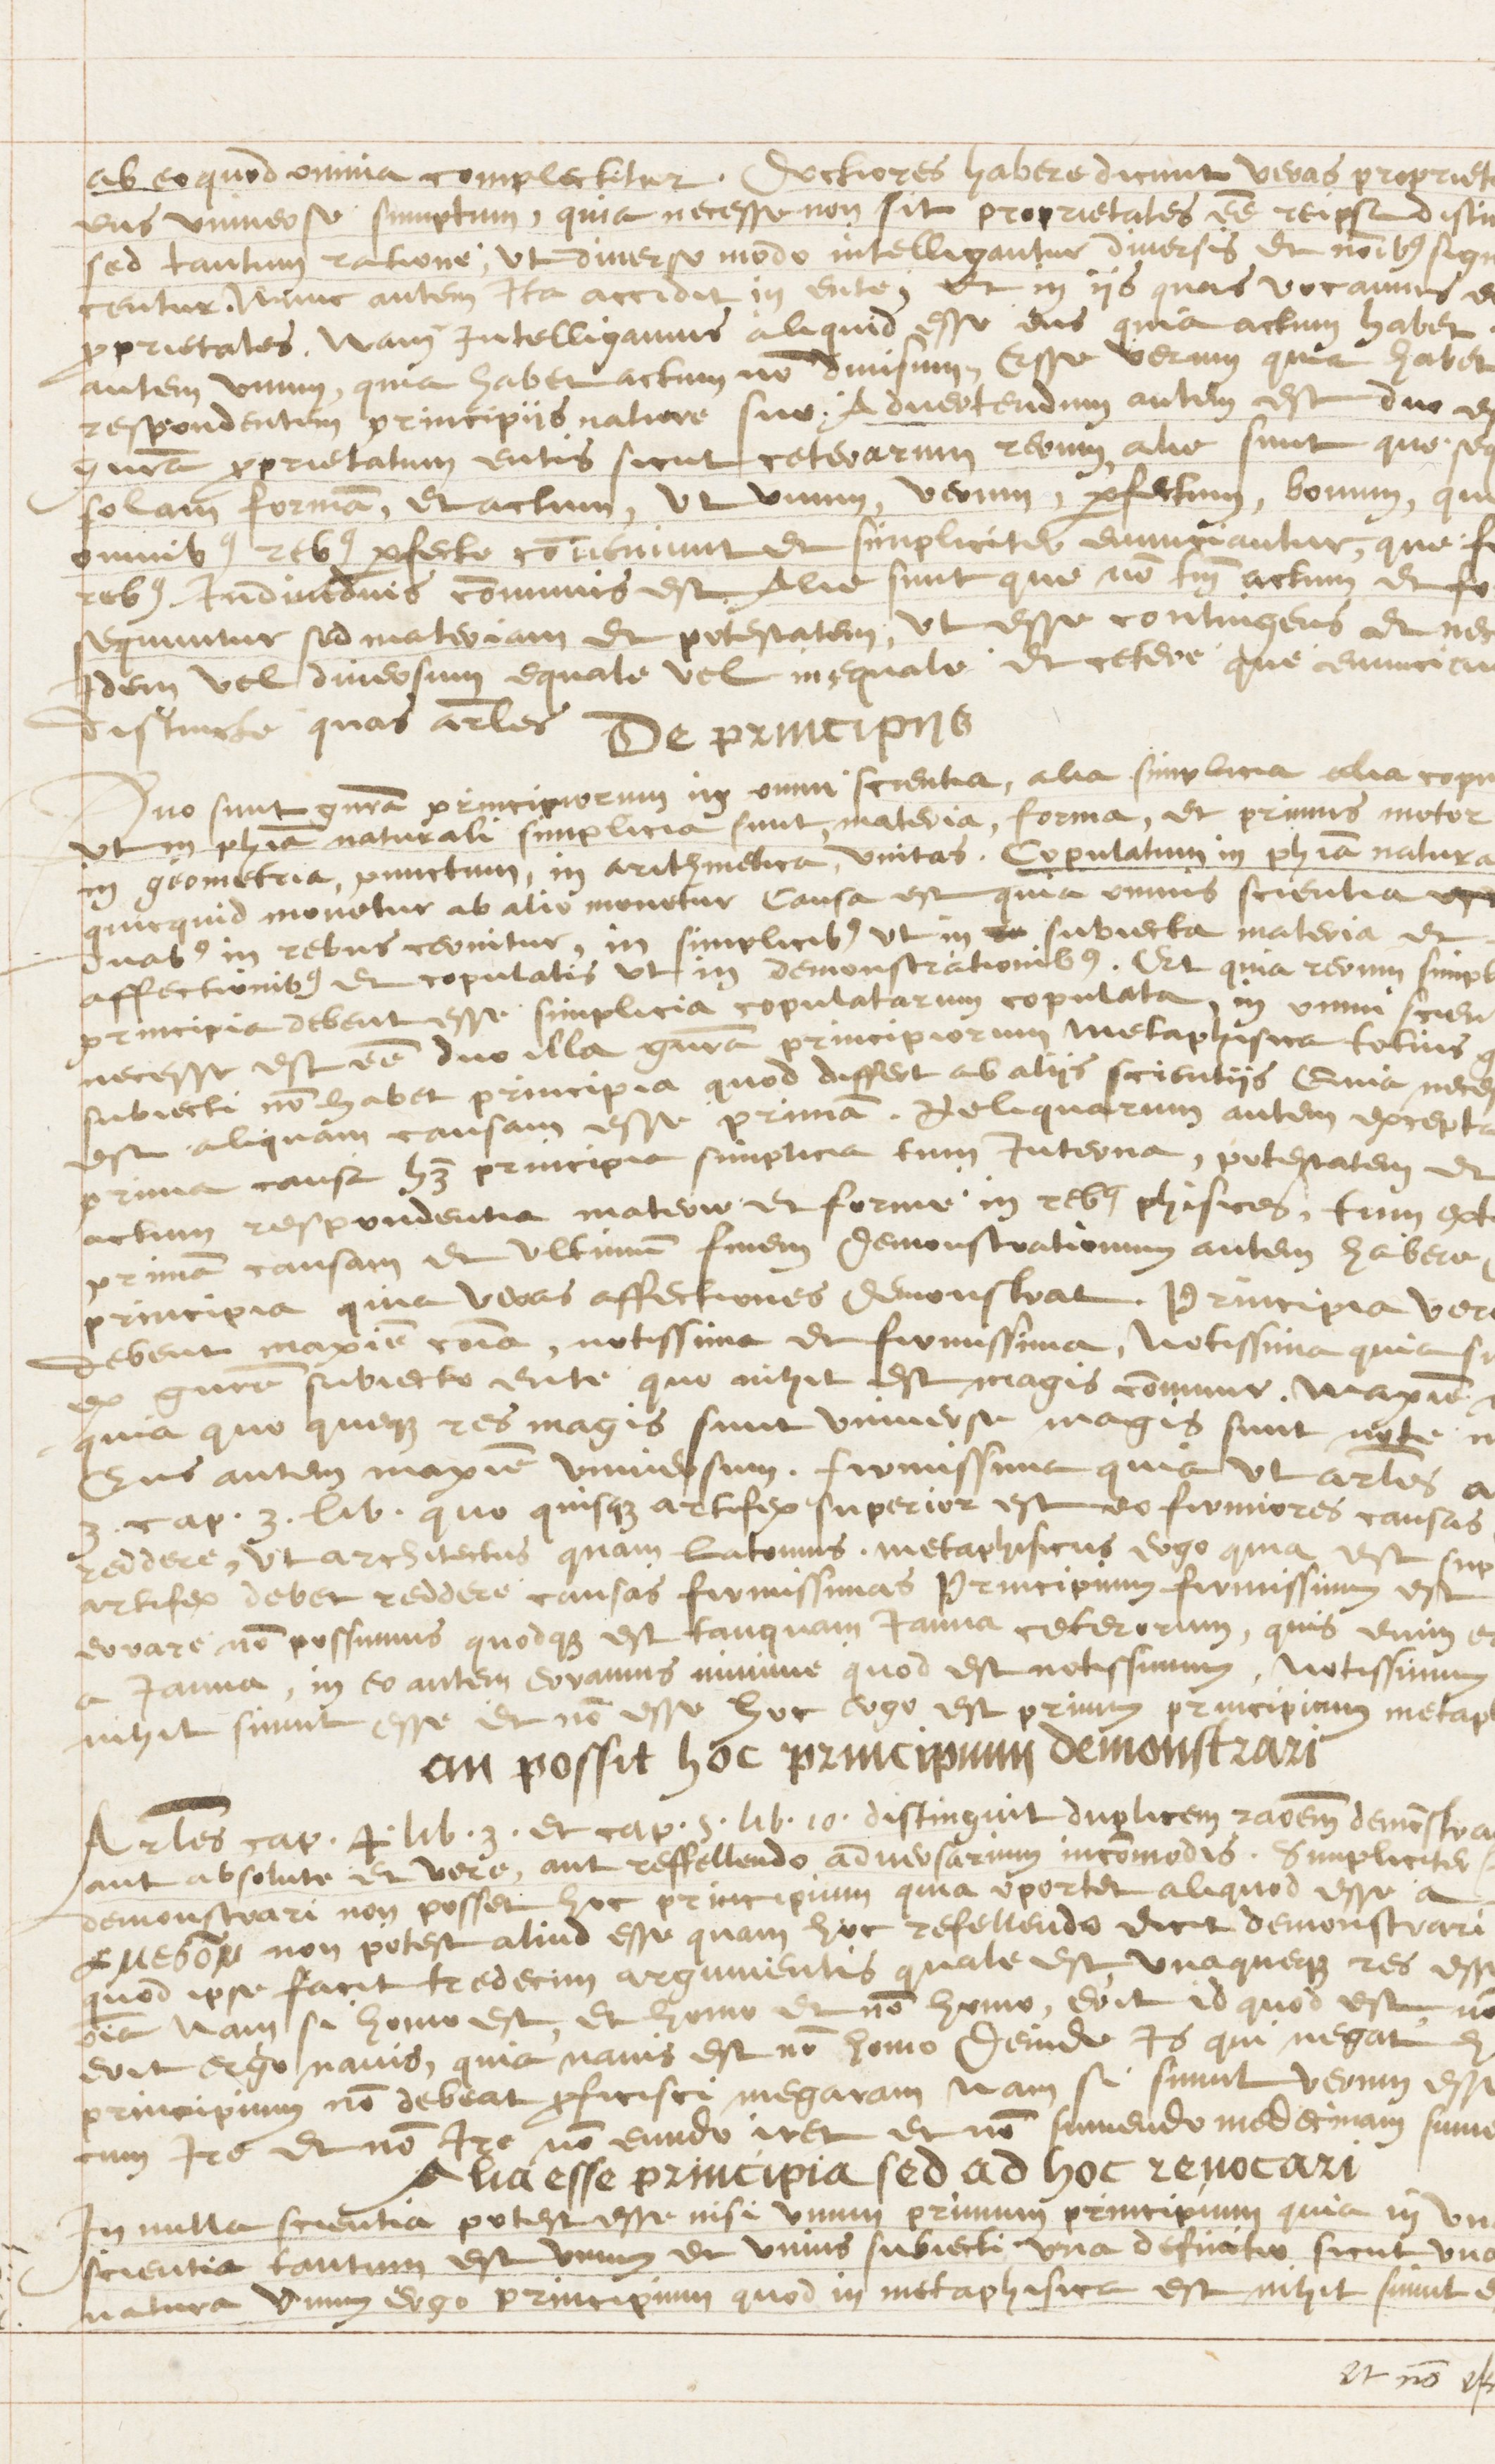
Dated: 1569–1569